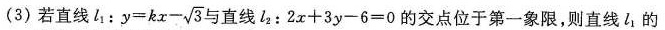
(3)若直线l1： $$y=kx- \sqrt{3}$$ 与直线l2：2x+3y-6=0的交点位于第一象限，则直线l的